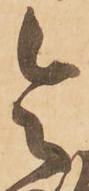
令